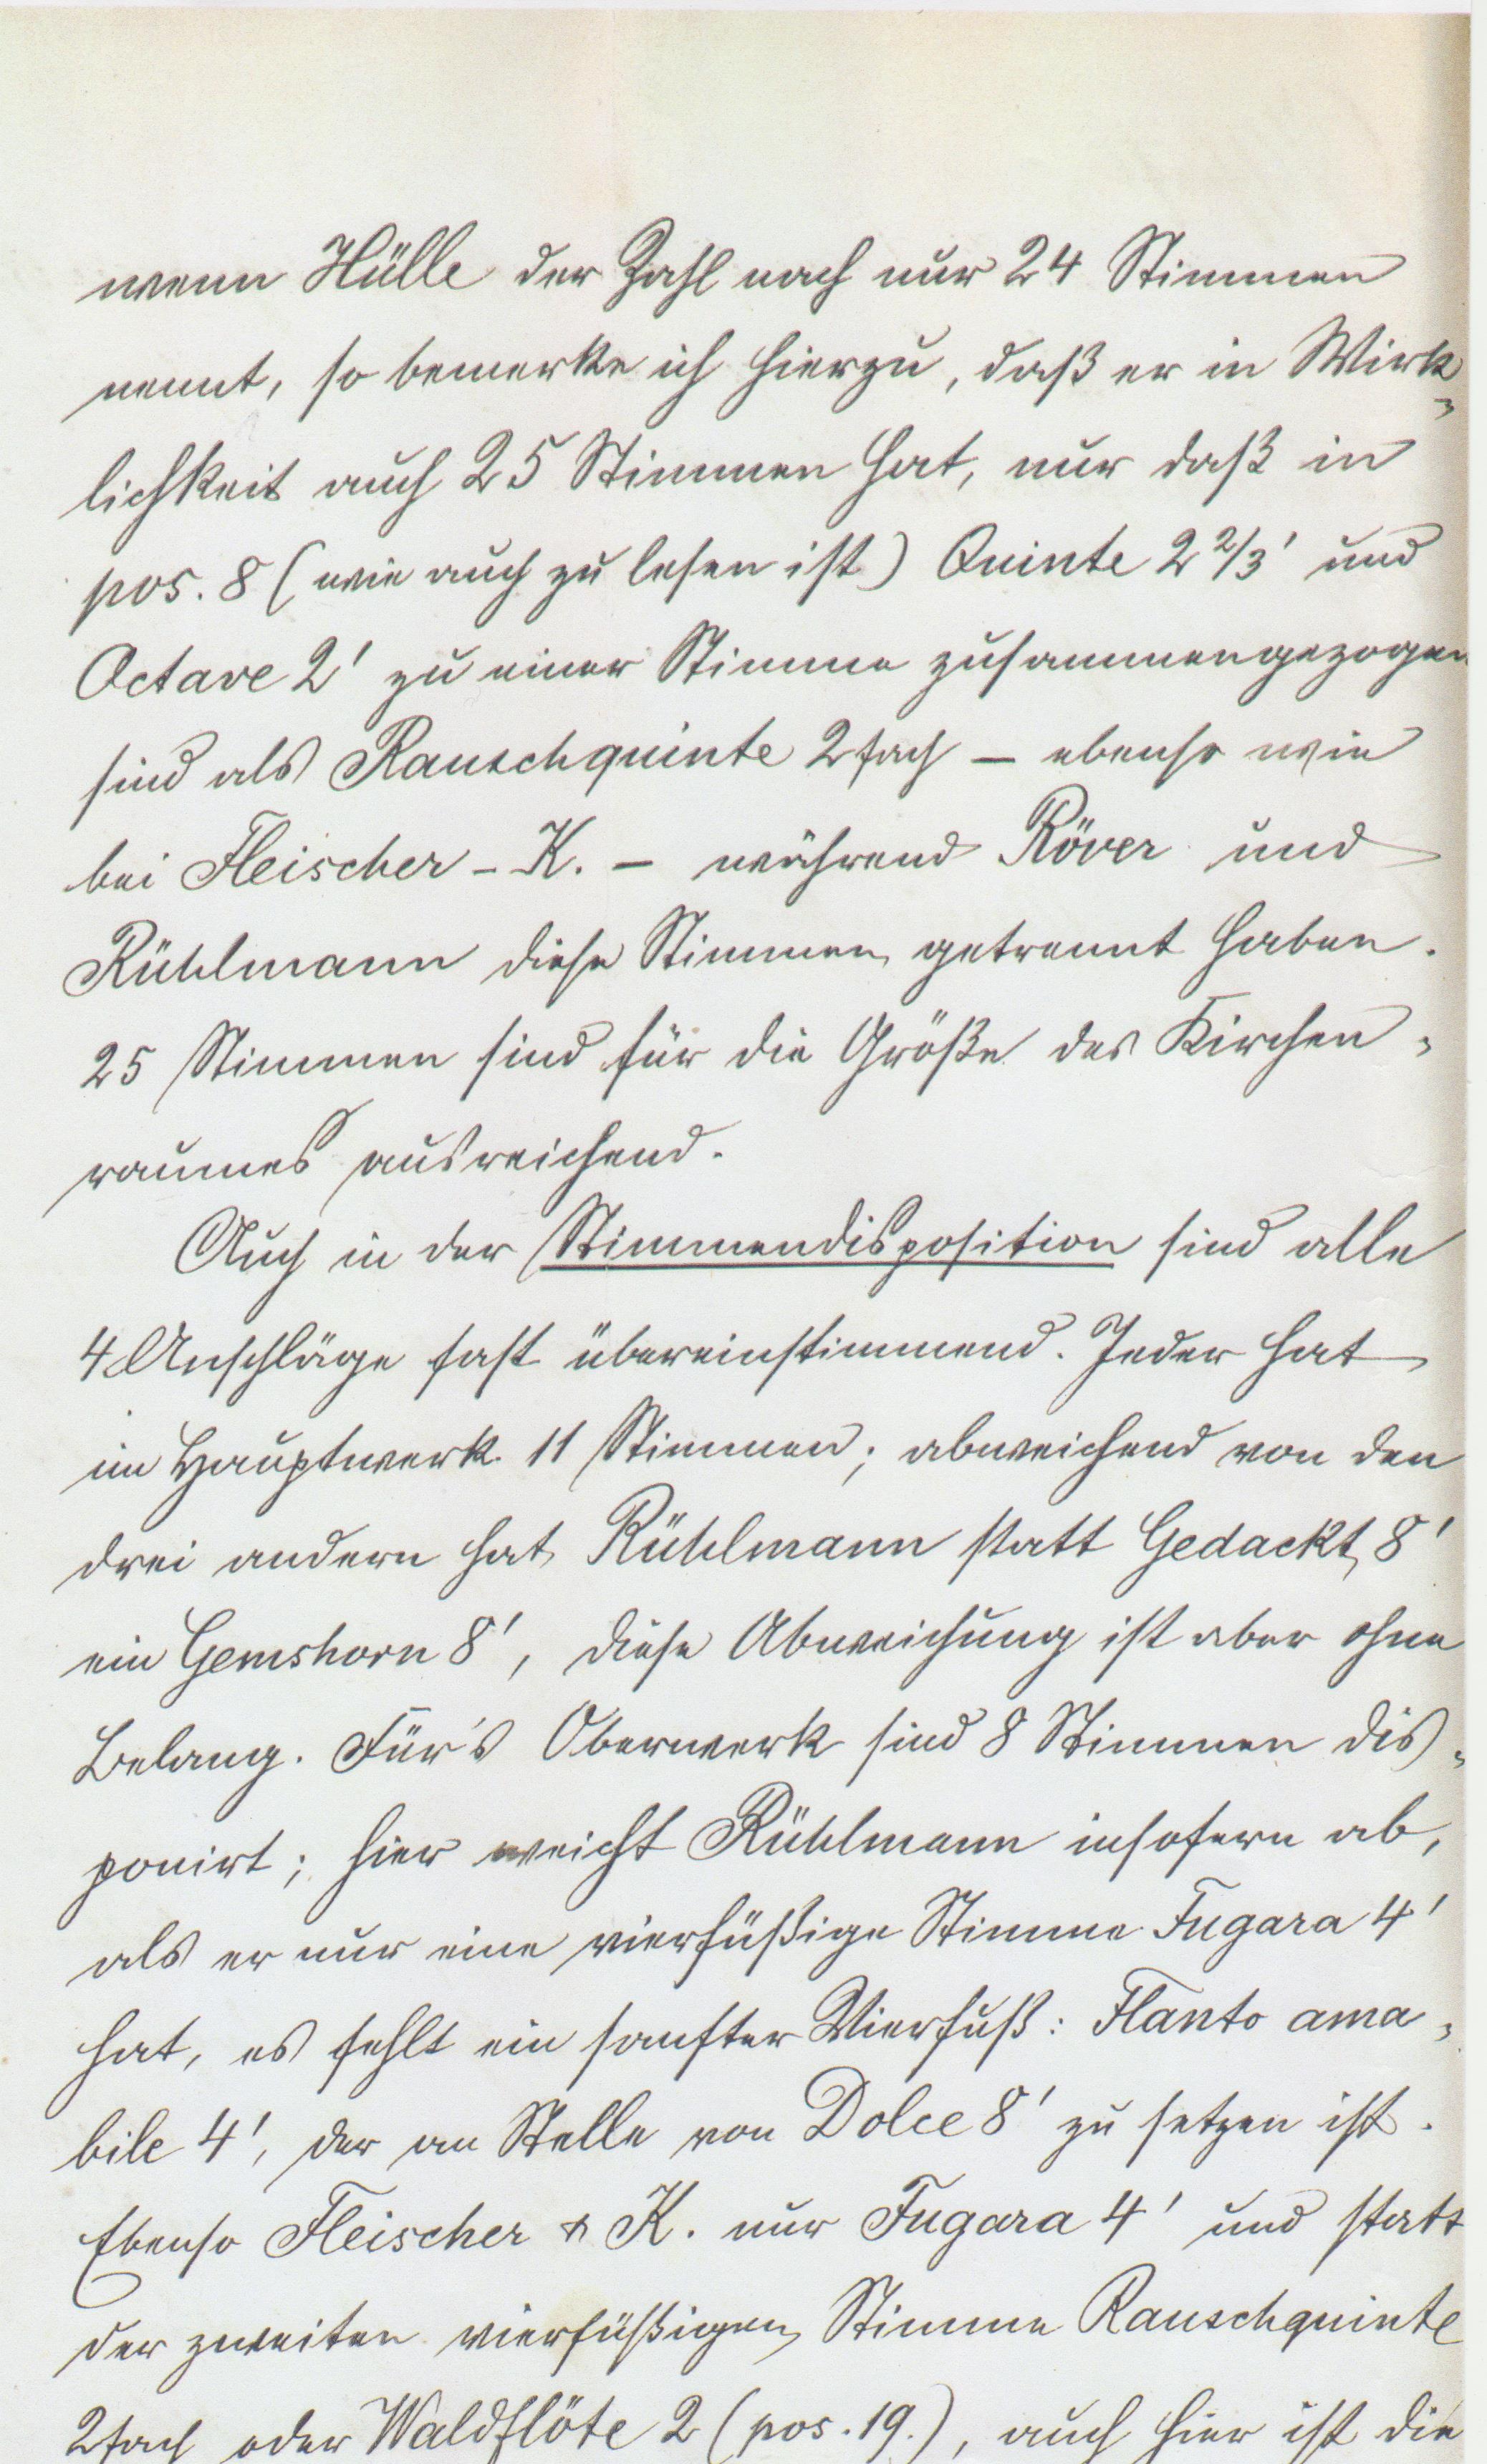
wenn Hülle der Zahl nach nur 24 Stimmen
nennt, so bemerke ich hierzu, daß er in Wirk¬
lichkeit auch 25 Stimmen hat, nur daß in
pos. 8 (wie auch zu lesen ist) Quinte 2 2/3' und
Octave 2' zu einer Stimme zusammengezogen
sind als Rauschquinte 2fach - ebenso wie
bei Fleischer - K. - während Röver und
Rühlmann diese Stimmen getrennt haben.
25 Stimmen sind für die Größe des Kirchen
raumes ausreichend.
Auch in der Stimmendisposition sind alle
4 Anschläge fast übereinstimmend. jeder hat
im Hauptwerk 11 Stimmen; abweichend von den
drei andern hat Rühlmann statt Gedackt 8'
ein Gemshorn 8', diese Abweichung ist aber ohne
Belang. Für's Oberwerk sind 8 Stimmen dis¬
poniert; hier weicht Rühlmann insofern ab,
als er nur eine vierfüßige Stimme Fugara 4'
hat, es fehlt ein sanfter Vierfuß: Flanto ama¬
bile 4', der an Stelle von Dolce 8' zu setzen ist,
ebenso Fleischer u. K. nur Fugara 4' und statt
der zweiten vierfüßigen Stimme Rauschquinte
2fach oder Waldflöte 2 (pos. 19.), auch hier ist die